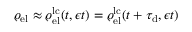
\varrho _ { \mathrm { e l } } \approx \varrho _ { \mathrm { e l } } ^ { \mathrm { l c } } ( t , \epsilon t ) = \varrho _ { \mathrm { e l } } ^ { \mathrm { l c } } ( t + \tau _ { \mathrm { d } } , \epsilon t )